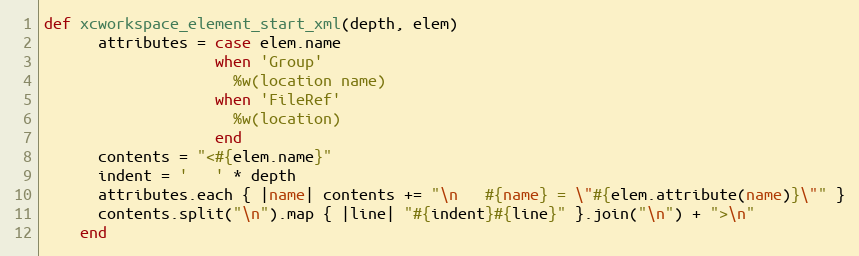
Language: Ruby
def xcworkspace_element_start_xml(depth, elem)
      attributes = case elem.name
                   when 'Group'
                     %w(location name)
                   when 'FileRef'
                     %w(location)
                   end
      contents = "<#{elem.name}"
      indent = '   ' * depth
      attributes.each { |name| contents += "\n   #{name} = \"#{elem.attribute(name)}\"" }
      contents.split("\n").map { |line| "#{indent}#{line}" }.join("\n") + ">\n"
    end